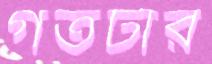
গর্তটার